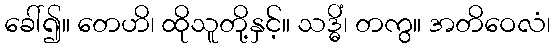
ခေါ်၍။ တေဟိ၊ ထိုသူတို့နှင့်။ သဒ္ဓိံ၊ တကွ။ အတိဝေလံ၊